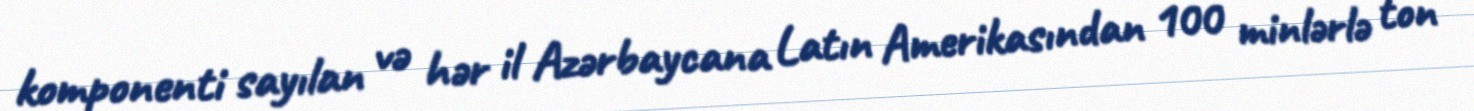
komponenti sayılan və hər il Azərbaycana Latın Amerikasından 100 minlərlə ton